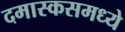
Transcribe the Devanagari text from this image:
दमास्कसमध्ये